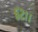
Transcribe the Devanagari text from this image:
६२।।